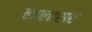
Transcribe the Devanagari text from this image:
लालासर